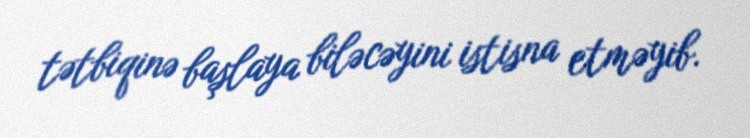
tətbiqinə başlaya biləcəyini istisna etməyib.